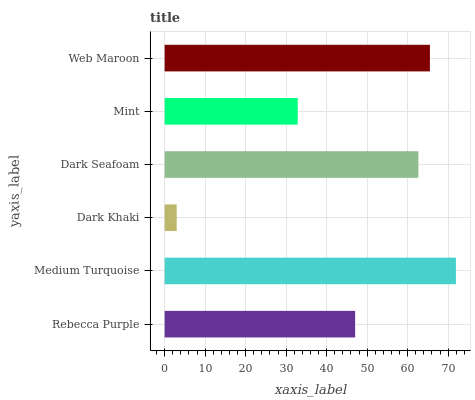
| yaxis_label | bars |
 | --- | --- |
 | Rebecca Purple | 47 |
 | Medium Turquoise | 71.9 |
 | Dark Khaki | 2.98 |
 | Dark Seafoam | 62.7 |
 | Mint | 32.9 |
 | Web Maroon | 65.5 |